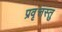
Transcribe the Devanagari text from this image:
प्रवृत्तस्तु